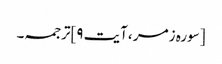
[سورہ زمر ،آیت ۹]ترجمہ۔